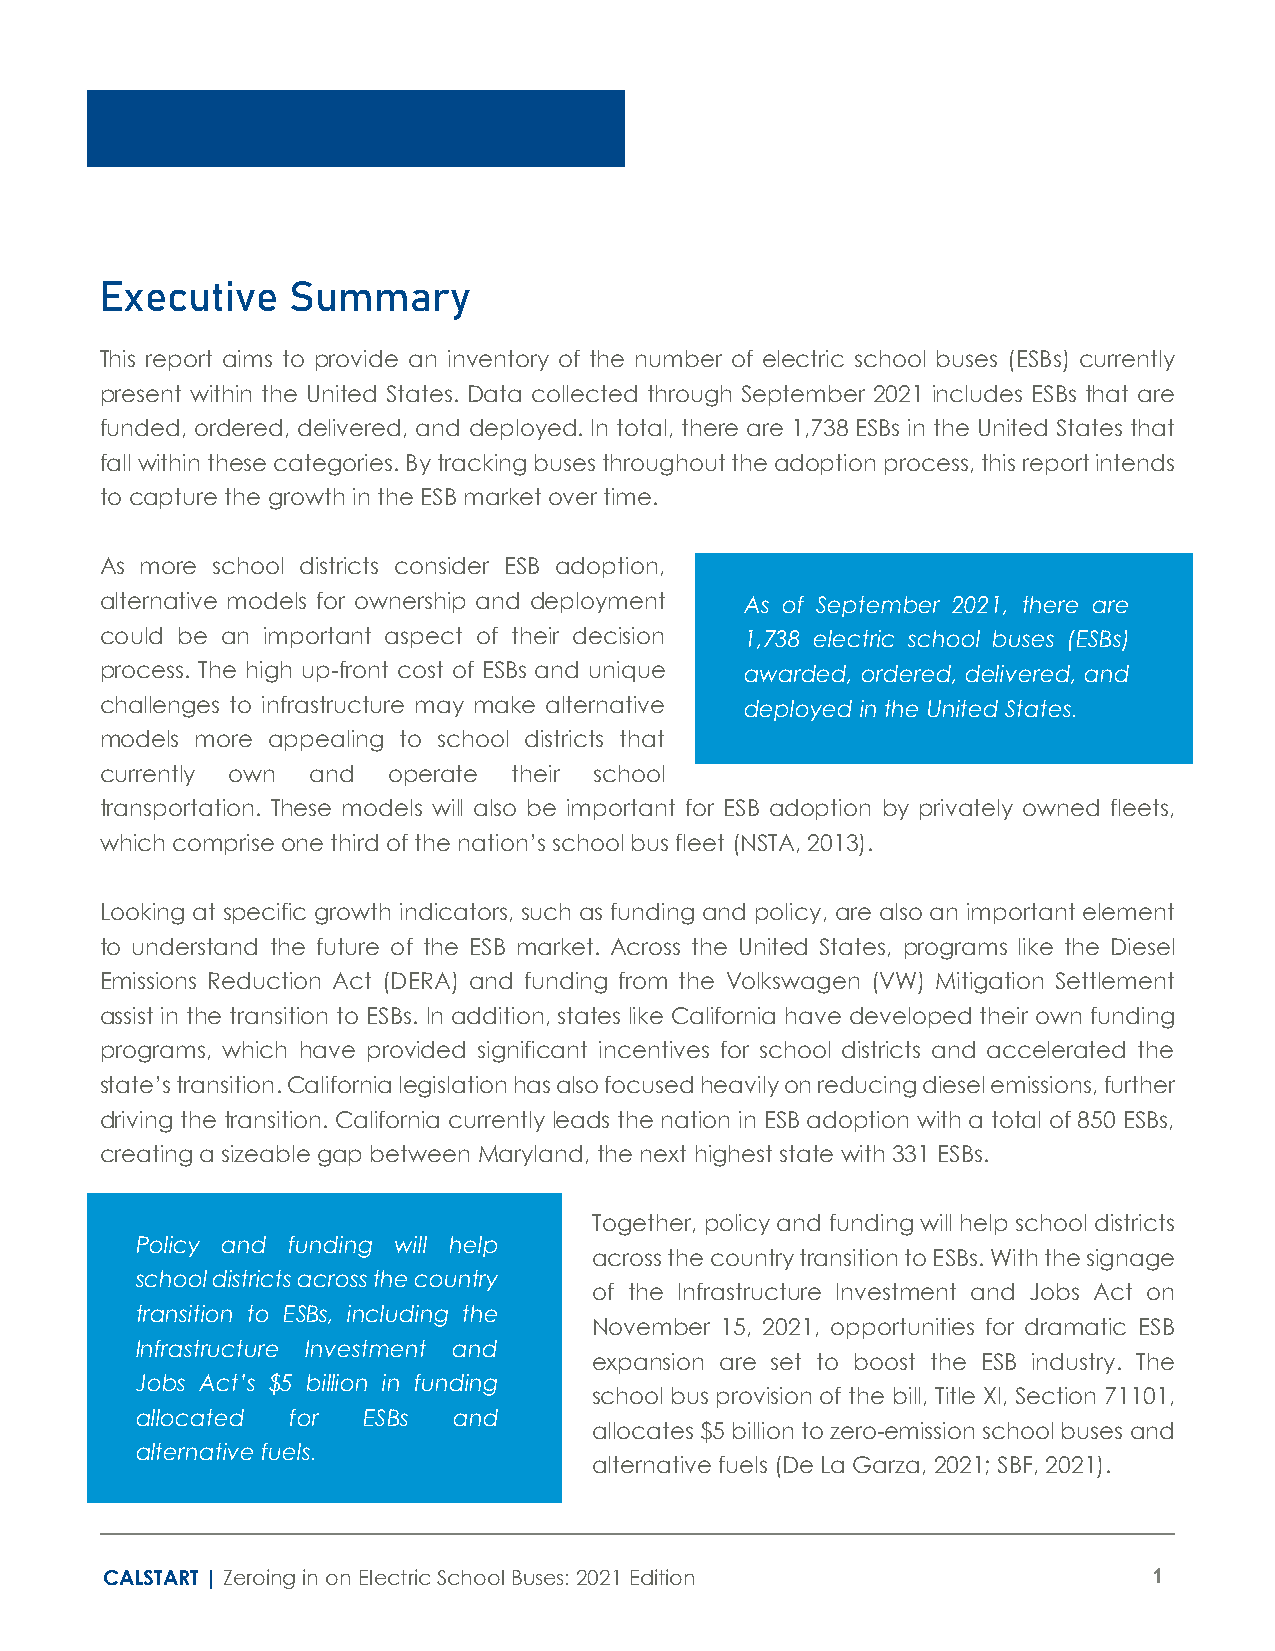
Executive   Summary
 This report aims to provide an inventory of the number of electric school buses (ESBs) currently
 present within the United States. Data collected through September 2021 includes ESBs that are
 funded, ordered, delivered, and deployed. In total, there are 1,738 ESBs in the United States that
 fall within these categories. By tracking buses throughout the adoption process, this report intends
 to capture the growth in the ESB market over time.
 As more school districts consider ESB adoption,
 alternative models for ownership and deployment As of September 2021, there are
 could be an important aspect of their decision 1,738 electric school buses (ESBs)
 process. The high up-front cost of ESBs and unique awarded, ordered, delivered, and
 challenges to infrastructure may make alternative deployed in the United States.
 models more appealing to school districts that
 currently own and  operate their school
 transportation. These models will also be important for ESB adoption by privately owned fleets,
 which comprise one third of the nation’s school bus fleet (NSTA, 2013).
 Looking at specific growth indicators, such as funding and policy, are also an important element
 to understand the future of the ESB market. Across the United States, programs like the Diesel
 Emissions Reduction Act (DERA) and funding from the Volkswagen (VW) Mitigation Settlement
 assist in the transition to ESBs. In addition, states like California have developed their own funding
 programs, which have provided significant incentives for school districts and accelerated the
 state’s transition. California legislation has also focused heavily on reducing diesel emissions, further
 driving the transition. California currently leads the nation in ESB adoption with a total of 850 ESBs,
 creating a sizeable gap between Maryland, the next highest state with 331 ESBs.
 Together, policy and funding will help school districts
 Policy and funding will help
 across the country transition to ESBs. With the signage
 school districts across the country
 of the Infrastructure Investment and Jobs Act on
 transition to ESBs, including the
 November 15, 2021, opportunities for dramatic ESB
 Infrastructure Investment and
 expansion are set to boost the ESB industry. The
 Jobs Act’s $5 billion in funding
 school bus provision of the bill, Title XI, Section 71101,
 allocated for  ESBs  and
 allocates $5 billion to zero-emission school buses and
 alternative fuels.
 alternative fuels (De La Garza, 2021; SBF, 2021).
 CALSTART | Zeroing in on Electric School Buses: 2021 Edition         1